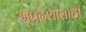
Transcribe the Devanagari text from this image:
भूप्रदेशासाठी